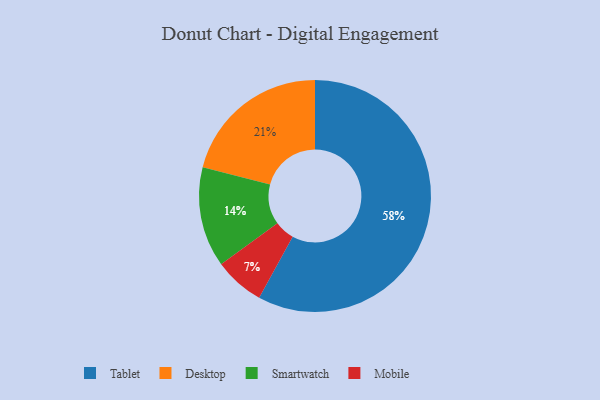
{"axis": {"x": "Category", "y": "Percentage"}, "legend": ["Desktop", "Mobile", "Smartwatch", "Tablet"], "data": [{"x": "Smartwatch", "y": 14, "type": "Smartwatch"}, {"x": "Mobile", "y": 7, "type": "Mobile"}, {"x": "Desktop", "y": 21, "type": "Desktop"}, {"x": "Tablet", "y": 58, "type": "Tablet"}]}